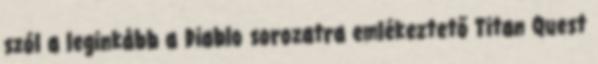
szól a leginkább a Diablo sorozatra emlékeztető Titan Quest